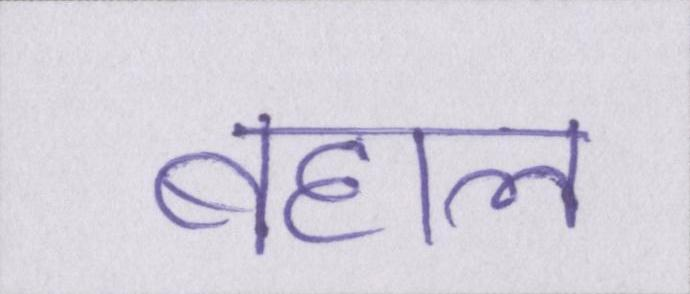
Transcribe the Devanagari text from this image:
बहाल